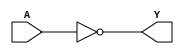
module NOT(Y,A);
	input A;
	output Y;
	nand(Y,A,A);
endmodule
module AND(Y,A,B);
	input A,B;
	output Y;
	wire x;	
	nand(x,A,B);
	nand(Y,x,x);
endmodule
module OR(Y,A,B);
	input A,B;
	output Y;
	wire x,z;
	nand (x,A,A);
	nand (z,B,B);
	nand (Y,x,z);
endmodule

module MUX21(Y,S,D1,D2);
	output Y;
	input S,D1,D2;
	wire s,d1,d2;
	NOT n_1(s,S);
	AND and_1(d1,D1,s);
	AND and_2(d2,D2,S);
	OR or_1(Y,d1,d2);
endmodule
module MUX_16(Y,S,D1,D2);
output [15:0] Y;
input [15:0] D1,D2;
input S;
MUX21 mux_1[15:0](Y,S,D1,D2);
endmodule